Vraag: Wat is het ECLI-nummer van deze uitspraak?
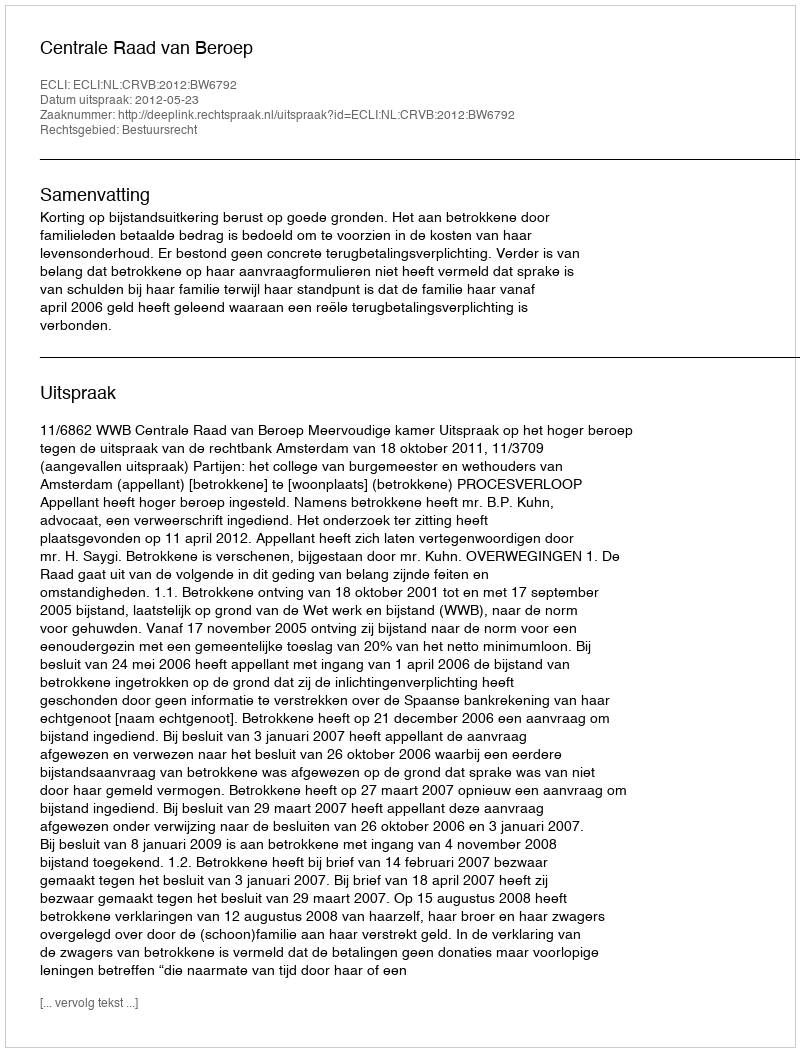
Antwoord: ECLI:NL:CRVB:2012:BW6792